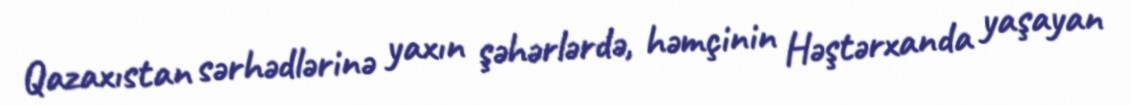
Qazaxıstan sərhədlərinə yaxın şəhərlərdə, həmçinin Həştərxanda yaşayan